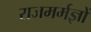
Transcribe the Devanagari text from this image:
राजमर्मज्ञों